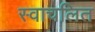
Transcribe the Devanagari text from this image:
स्वाचलित